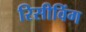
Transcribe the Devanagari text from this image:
रिसीविंग